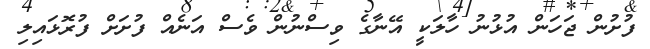
ފުށުން ޖަހަން އުޅުނު ހާލަކީ އޭނާގެ ވިސްނުން ވެސް އަނެއް ފުށަށް ފުރޮޅައިލި